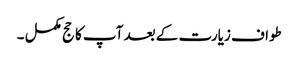
طواف زیارت کے بعد آپ کا حج مکمل ۔